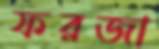
ফরজা